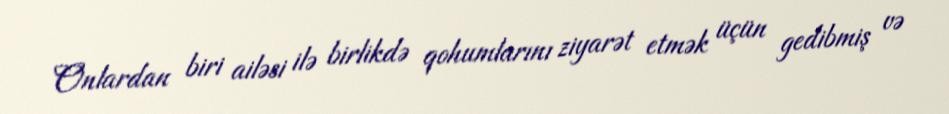
Onlardan biri ailəsi ilə birlikdə qohumlarını ziyarət etmək üçün gedibmiş və